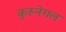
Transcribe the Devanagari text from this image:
कुरुनेगल